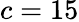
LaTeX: c=15